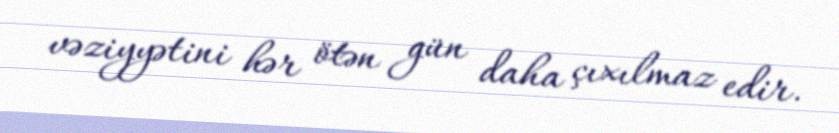
vəziyyətini hər ötən gün daha çıxılmaz edir.